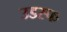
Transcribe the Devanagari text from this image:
उडस्फ